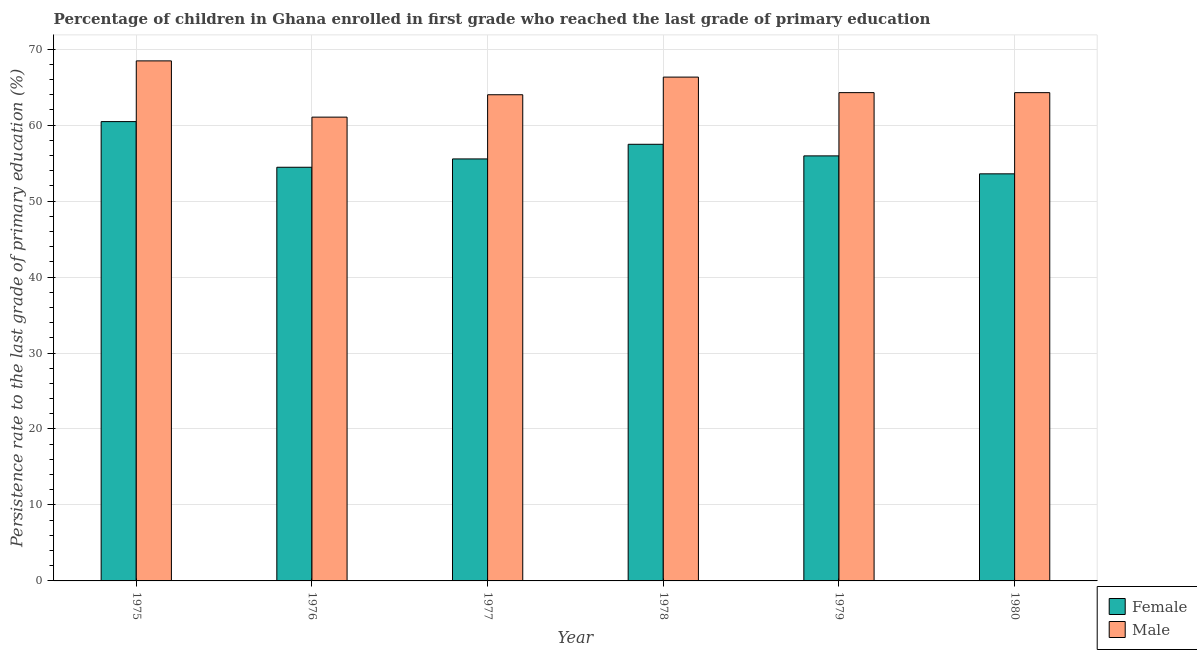
| Year | Female | Male |
 | --- | --- | --- |
 | 1975 | 60.5 | 68.5 |
 | 1976 | 54.5 | 61.1 |
 | 1977 | 55.6 | 64 |
 | 1978 | 57.5 | 66.3 |
 | 1979 | 56 | 64.3 |
 | 1980 | 53.6 | 64.3 |